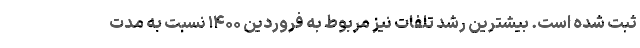
ثبت شده است. بیشترین رشد تلفات نیز مربوط به فروردین ۱۴۰۰ نسبت به مدت